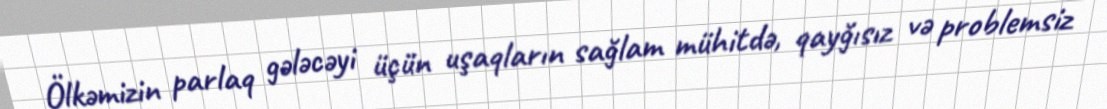
Ölkəmizin parlaq gələcəyi üçün uşaqların sağlam mühitdə, qayğısız və problemsiz